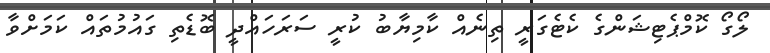
ލޯގޯ ކޮމްޕެޓިޝަންގެ ކެޓެގަރީ ތިނެއް ކާމިޔާބު ކުރީ ސަރަހައްދީ ބޮޑެތި ގައުމުތައް ކަމަށްވާ